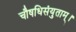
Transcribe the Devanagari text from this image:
चौषधिसंयुताम्।